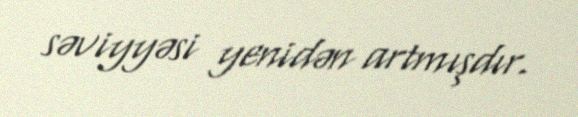
səviyyəsi yenidən artmışdır.